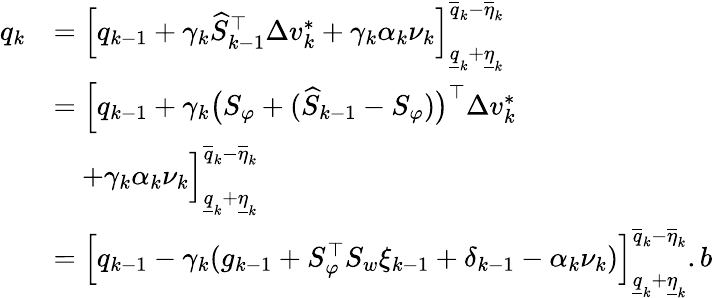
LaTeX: \begin{array}{rl}{q_{k}}&{=\Big[q_{k-1}+\gamma_{k}\widehat{S}_{k-1}^{\top}\Delta v_{k}^{*}+\gamma_{k}\alpha_{k}\nu_{k}\Big]_{\underline{{q}}_{k}+\underline{{\eta}}_{k}}^{\overline{{q}}_{k}-\overline{{\eta}}_{k}}}\\ &{=\Big[q_{k-1}+\gamma_{k}\big(S_{\varphi}+(\widehat{S}_{k-1}-S_{\varphi})\big)^{\top}\Delta v_{k}^{*}}\\ &{\quad+\gamma_{k}\alpha_{k}\nu_{k}\Big]_{\underline{{q}}_{k}+\underline{{\eta}}_{k}}^{\overline{{q}}_{k}-\overline{{\eta}}_{k}}}\\ &{=\Big[q_{k-1}-\gamma_{k}(g_{k-1}+S_{\varphi}^{\top}S_{w}\xi_{k-1}+\delta_{k-1}-\alpha_{k}\nu_{k})\Big]_{\underline{{q}}_{k}+\underline{{\eta}}_{k}}^{\overline{{q}}_{k}-\overline{{\eta}}_{k}}.b}\end{array}